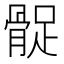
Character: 𩩔